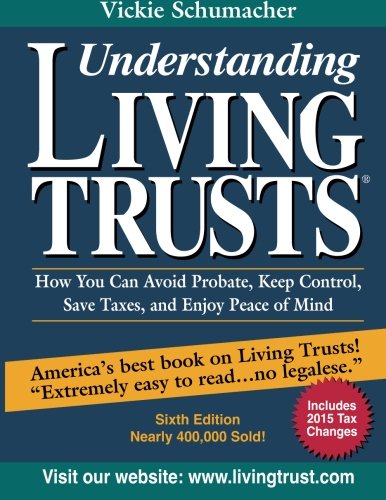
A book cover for Understanding Living Trusts: How You Can Avoid Probate, Keep Control, Save Taxes, and Enjoy Peace of Mind; Vickie Schumacher; Law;